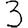
Digit: 3